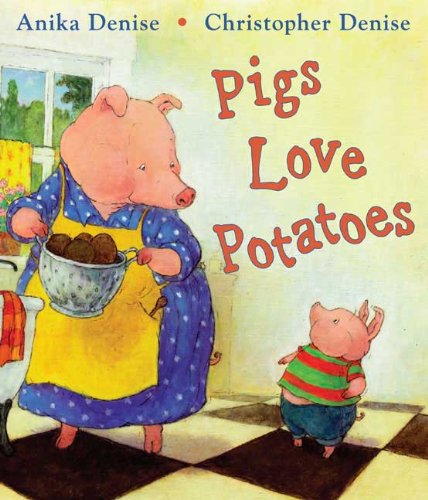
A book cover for Pigs Love Potatoes; Anika Denise; Cookbooks, Food & Wine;